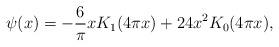
LaTeX: \begin{align*} \psi(x) = -\frac{6}{\pi} x K_{1}(4 \pi x) + 24x^{2} K_{0}(4 \pi x),\end{align*}